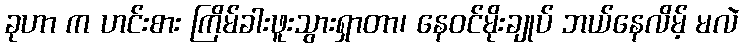
ခုဟာ က ဟင်းစား ကြိမ်ခါးဖူးသွားရှာတာ၊ နေဝင်မိုးချုပ် ဘယ်နေလိမ့် မလဲ